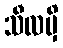
သီလမှိ